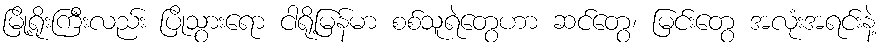
မြို့ရိုးကြီးလည်း ပြိုသွားရော ငါရို့မြန်မာ စစ်သူရဲတွေဟာ ဆင်တွေ၊ မြင်းတွေ အလုံးအရင်းနဲ့